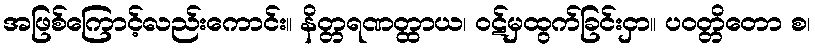
အဖြစ်ကြောင့်လည်းကောင်း။ နိတ္တရဏတ္ထာယ၊ ဝဋ်မှထွက်ခြင်းငှာ။ ပဝတ္တိတော စ၊